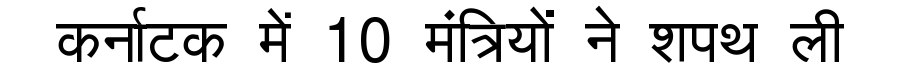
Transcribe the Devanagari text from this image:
कर्नाटक में 10 मंत्रियों ने शपथ ली